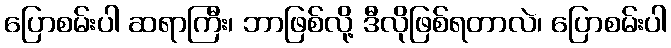
ပြောစမ်းပါ ဆရာကြီး၊ ဘာဖြစ်လို့ ဒီလိုဖြစ်ရတာလဲ၊ ပြောစမ်းပါ